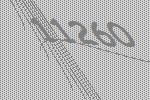
11260